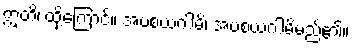
ဣတိ၊ ထို့ကြောင့်။ အပစယဂါမိ၊ အပစယဂါမိမည်၏။